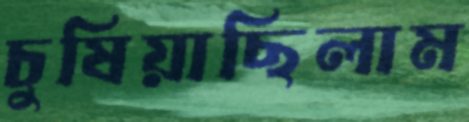
চুষিয়াছিলাম